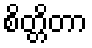
စိတ္တိတာ